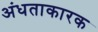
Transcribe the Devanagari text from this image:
अंधताकारक